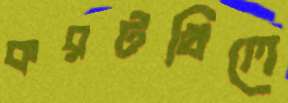
করটখিলে